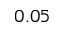
0 . 0 5